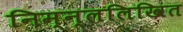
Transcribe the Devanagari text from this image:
निम्न्ललिखित